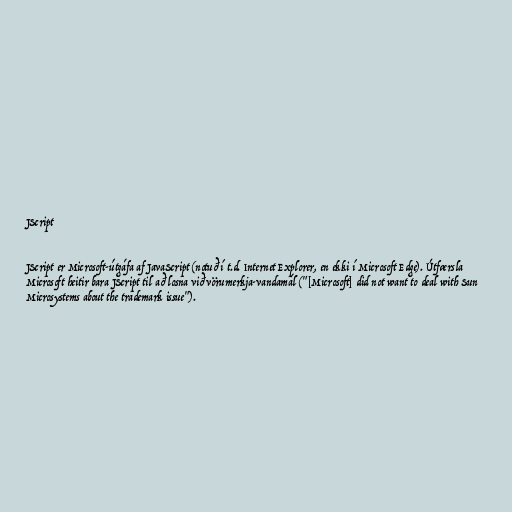
JScript

JScript er Microsoft-útgáfa af JavaScript (notuð í t.d. Internet Explorer, en ekki í Microsoft Edge). Útfærsla
Microsoft heitir bara JScript til að losna við vörumerkja-vandamál ("[Microsoft] did not want to deal with Sun
Microsystems about the trademark issue").